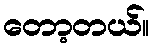
တော့တယ်။